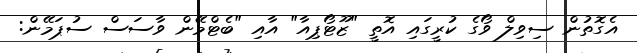
އެގޮތުން ސިވިލް ވޯގެ ކުރީގައި އޮތީ "ޒޫޓޯޕިއާ" އާއި "ބެޓްމޭން ވާސަސް ސުޕަމޭން: